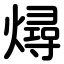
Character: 燖